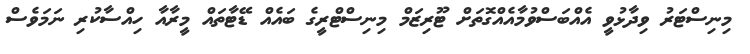
މިނިސްޓަރު ވިދާޅުވީ އެއްބަސްވުމާއެއްގޮތަށް ޓޫރިޒަމް މިނިސްޓްރީގެ ބައެއް ޑޭޓާތައް މީރާއާ ހިއްސާކުރި ނަމަވެސް